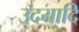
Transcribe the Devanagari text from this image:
उदयादि